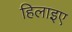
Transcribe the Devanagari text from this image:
हिलाइए